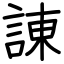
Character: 諌